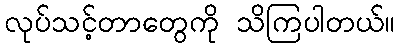
လုပ်သင့်တာတွေကို သိကြပါတယ်။